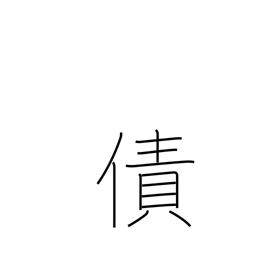
Meaning: debt